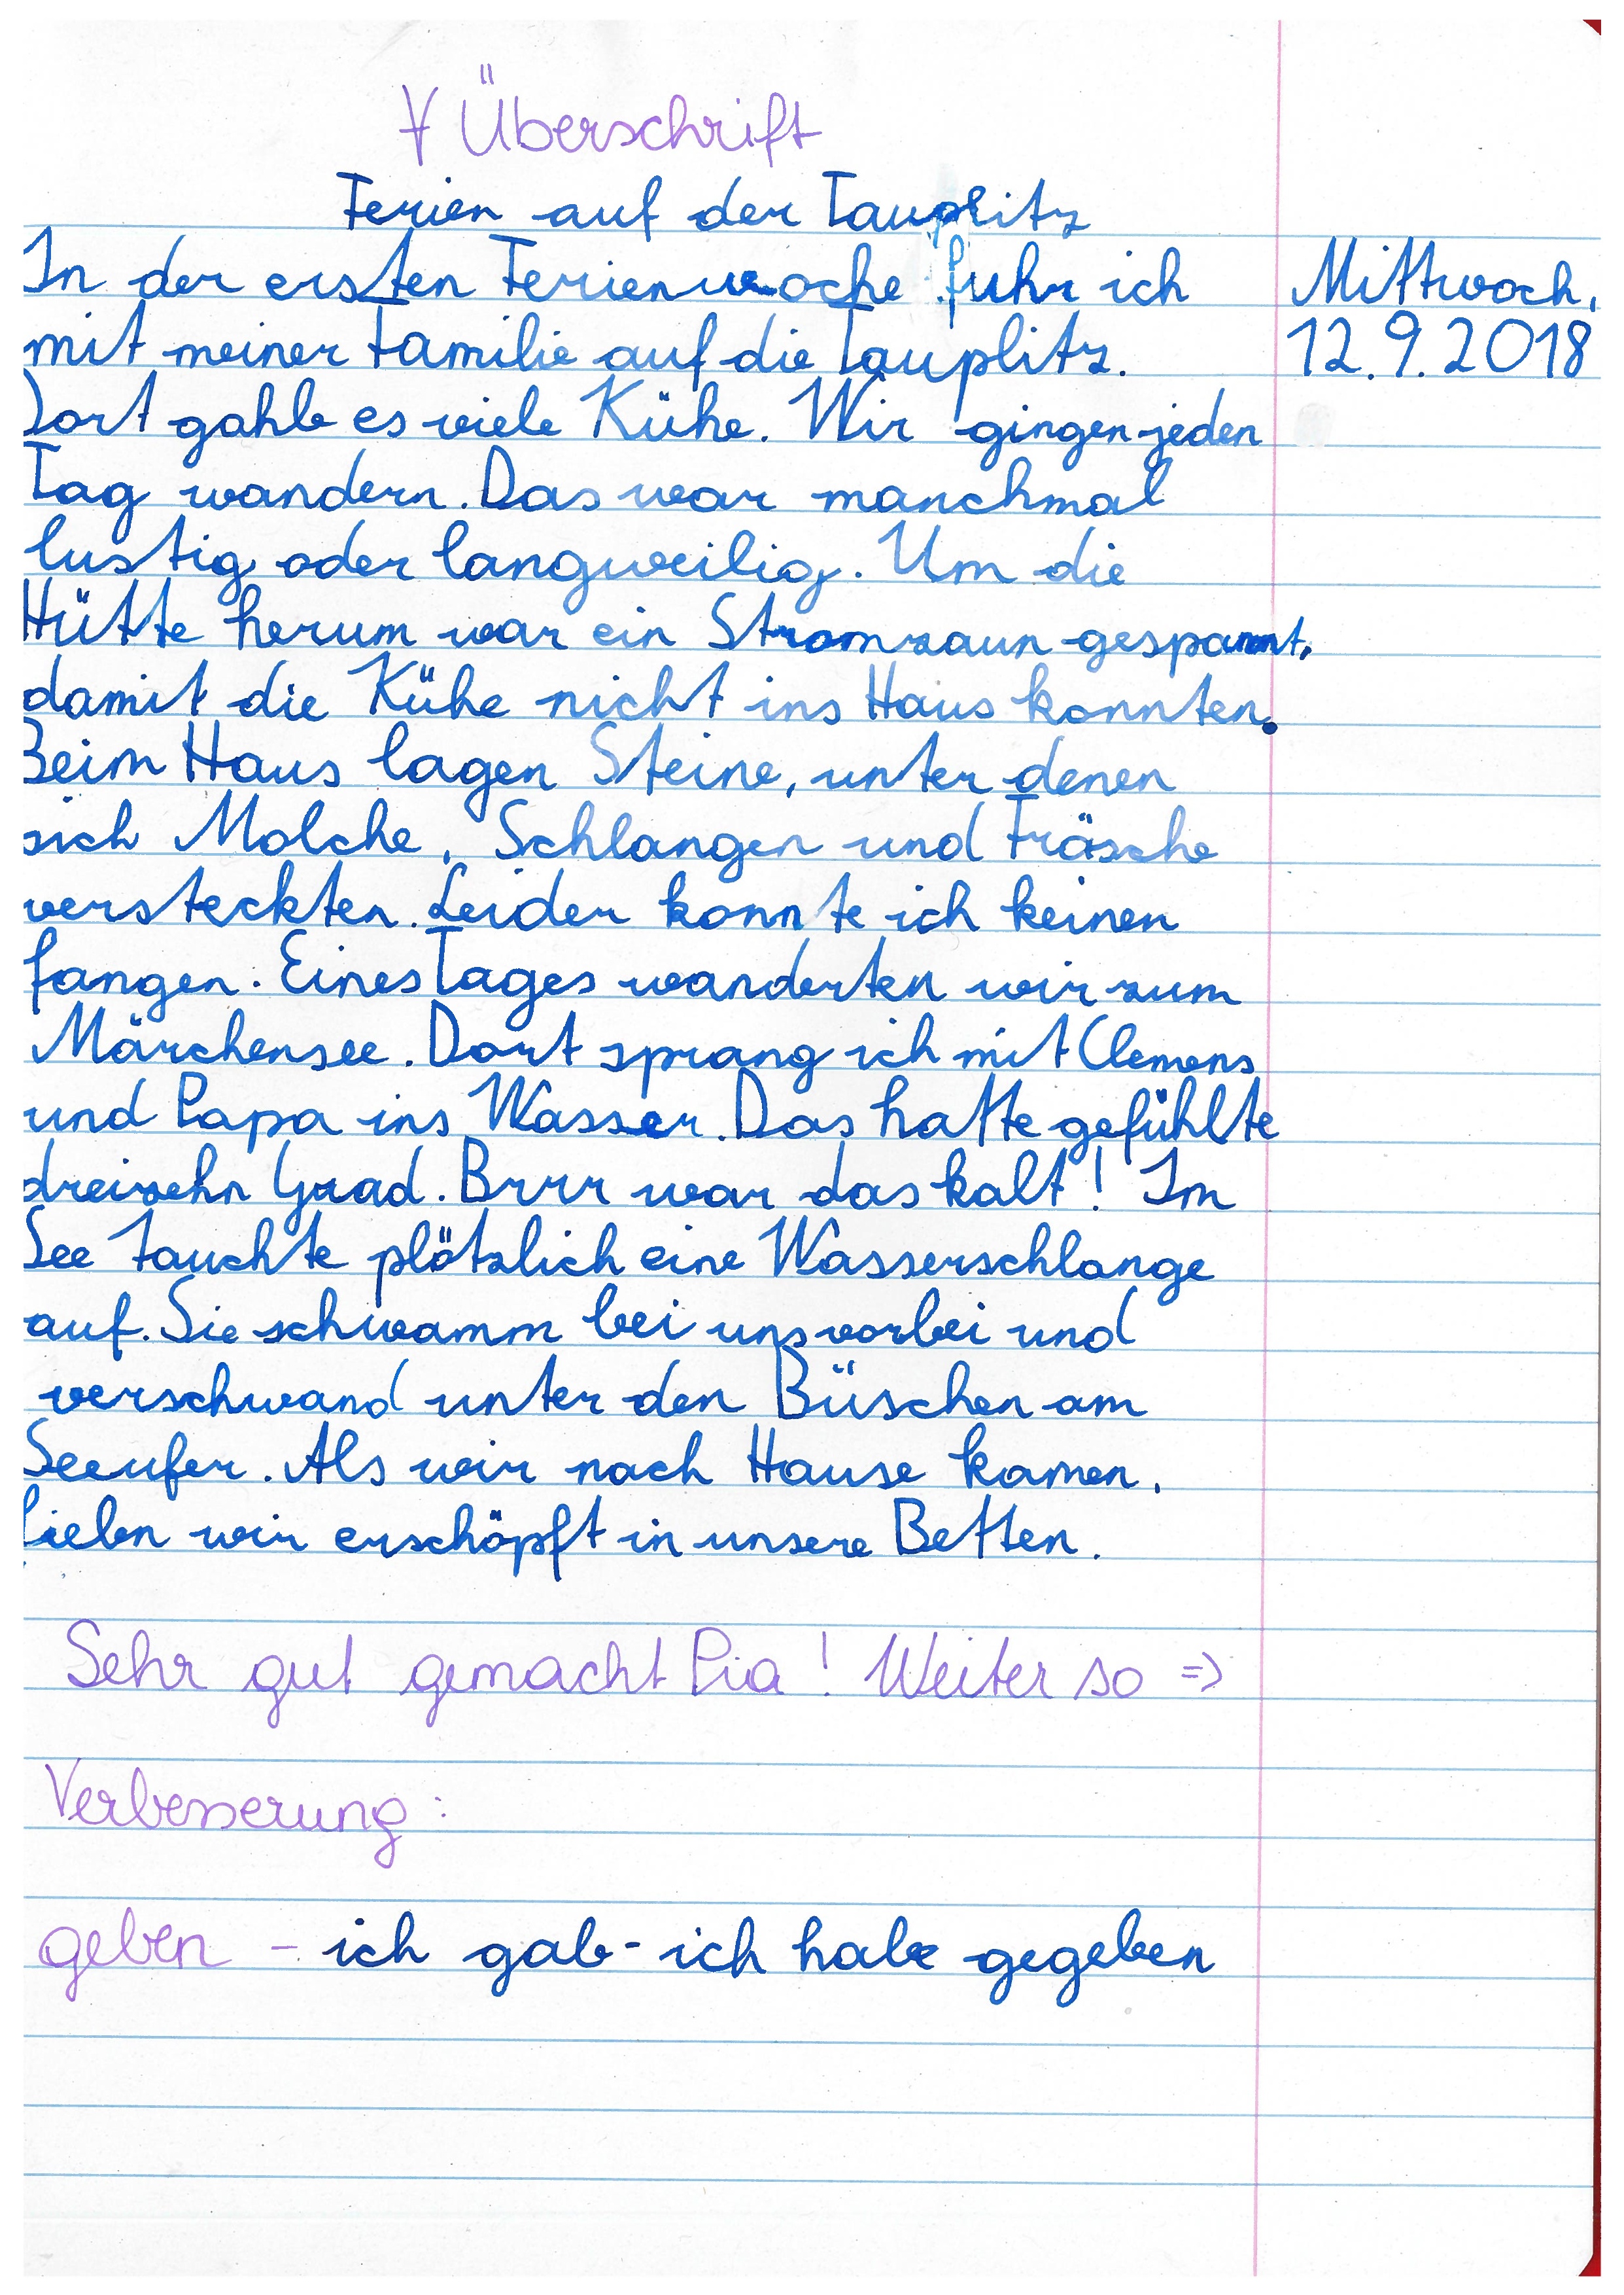
8 orocz
" zneo  szaat._zua.Izsetta,
_In_zdea,zazn_zaassczZe hs. asd.
mzz.oaz.ämzfa._caiL.ss. üizetss.
Seaxtssd.zs.a. K.S. Wii.-se-ve-esn
Lsß. rwszzzzn_zc..wszz._znazaz.
lzs a.aszaeaazzsaiaz..IIo_a.I.
HWt,zu.aszaz.aa.Saeozasa.gsasrt
azsz.a. "e.naS..s.a.Sa..I.a
Be, Wazzs.ägea.Iaccazs.aaVa_s.saz.
suu.etßz._.Salaoge,s. aiael. acaa._Ia
wssu zakkza_asdzsa.zenn..sM. isa,
Vesa.LzSesz_ azszze_saweanasu
Meuseszsz._asuapsosges aasunzFusns,
ad. Vaa.s Wesz._Lsasauaft
zasula.zsd.Pnnr.sss.sask28 di
De.aittIl.au.Wascsoss
zazs_ahizzoz, zi,uunsosaßez unsl,
zzsßzeszaa. cerz. ez. uida_azzn_saza,
Bessßa._Als.aeua.rasd.Waa.asn.
zßen.ara._zusßsrdß. c._sunszua. ezn_
__il aä_Ca_z.
eez._.
.I.I..uß_sz._ccß, hae gesdza,

hsuI,
z2op